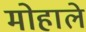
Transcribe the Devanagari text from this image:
मोहाले